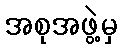
အစုအဖွဲ့မှ